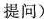
提问)